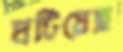
ঘটিয়েছ